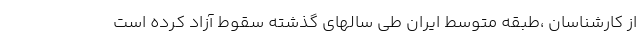
از کارشناسان ،طبقه متوسط ایران طی سالهای گذشته سقوط آزاد کرده است